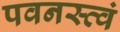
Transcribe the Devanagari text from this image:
पवनस्त्वं